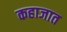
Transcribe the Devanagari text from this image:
कहाजात